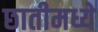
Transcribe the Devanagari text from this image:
छातीमध्ये